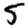
Digit: 5